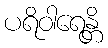
ပရိဝါရေန္တိ